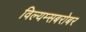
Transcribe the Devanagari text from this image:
विल्यम्सबरोबर